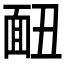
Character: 𩈇